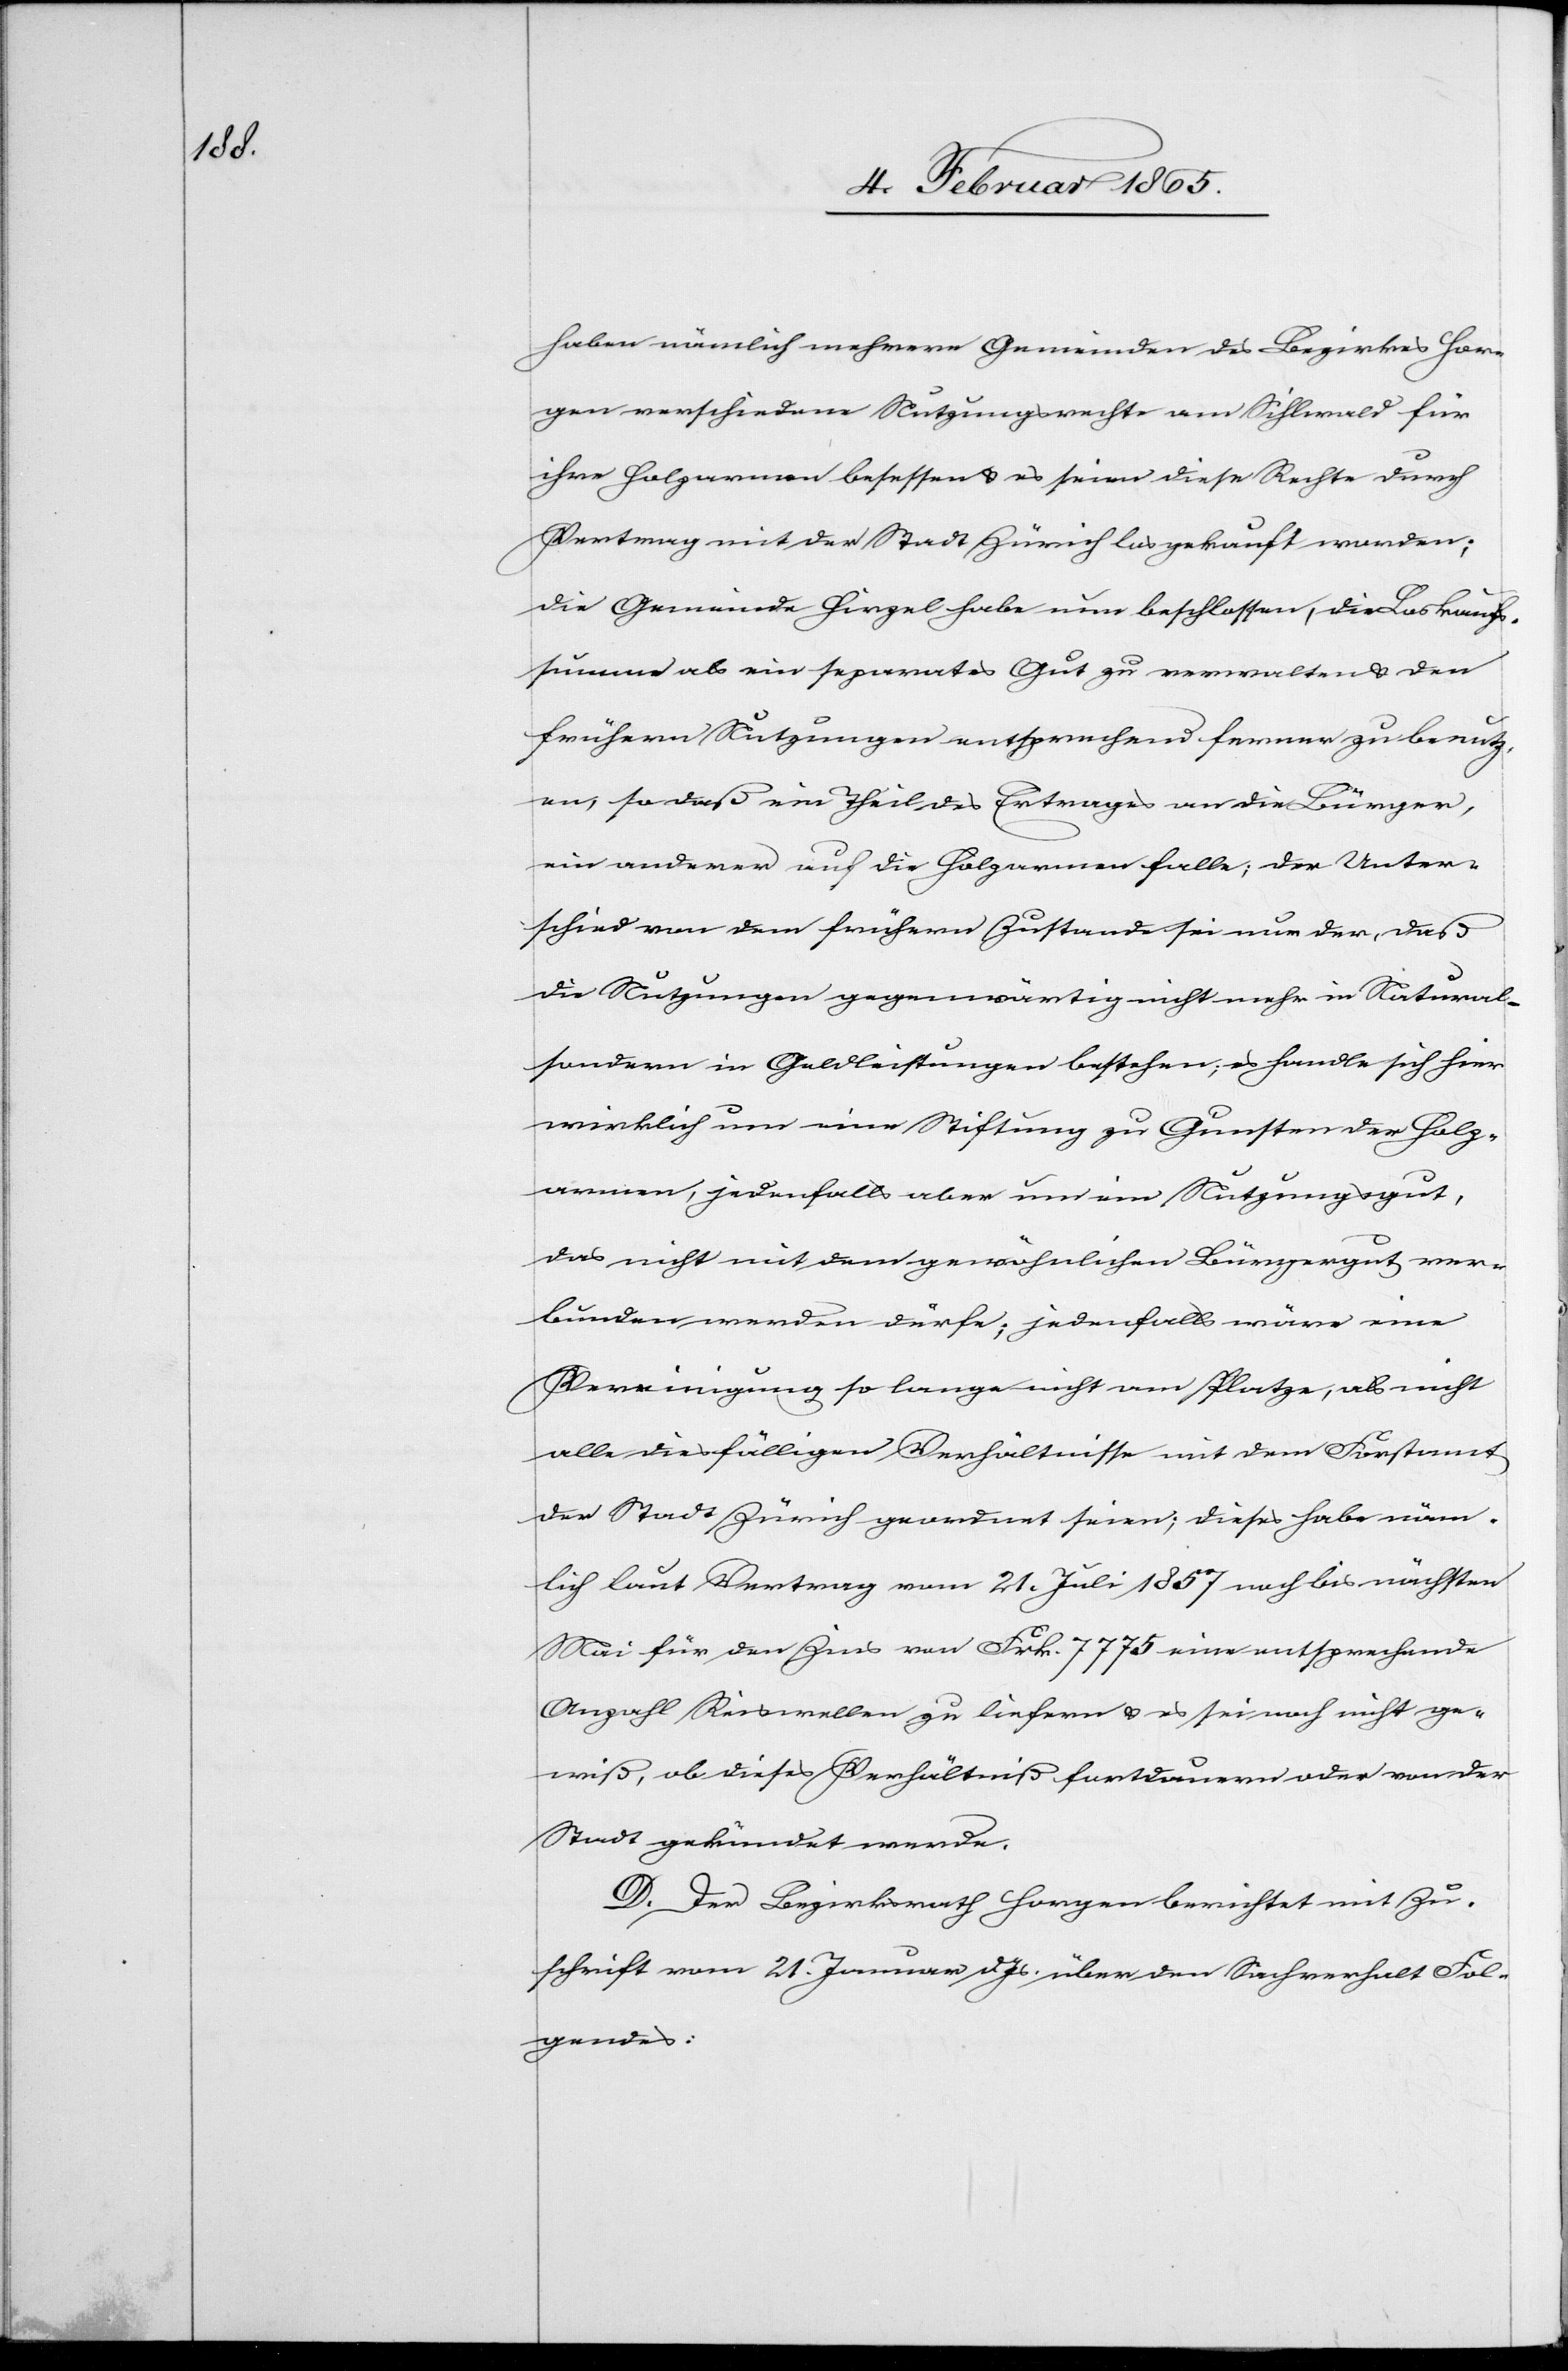
haben nämlich mehrere Gemeinden des Bezirkes Hor¬
gen verschiedene Nutzungsrechte am Sihlwald für
ihre Holzarmen besessen u. es seien diese Rechte durch
Vertrag mit der Stadt Zürich losgekauft worden;
die Gemeinde Hirzel habe nun beschlossen, die Loskaufs¬
summe als ein separates Gut zu verwalten u. den
frühern Nutzungen entsprechend ferner zu benutz¬
en, so daß ein Theil des Ertrages an die Bürger,
ein anderer auf die Holzarmen falle; der Unter¬
schied von dem frühern Zustande sei nur der, daß
die Nutzungen gegenwärtig nicht mehr in Natural-
sondern in Geldleistungen bestehen; es handle sich hier
wirklich um eine Stiftung zu Gunsten der Holz¬
armen, jedenfalls aber um ein Nutzungsgut,
das nicht mit dem gewöhnlichen Bürgergut ver¬
bunden werden dürfe; jedenfalls wäre eine
Vereinigung so lange nicht am Platze, als nicht
alle diesfälligen Verhältnisse mit dem Forstamt
der Stadt Zürich geordnet seien; dieses habe näm¬
lich laut Vertrag vom 21. Juli 1857 noch bis nächsten
Mai für den Zins von Frk. 7 775 eine entsprechende
Anzahl Reiswellen zu liefern u. es sei noch nicht ge¬
wiß, ob dieses Verhältniß fortdauern oder von der
Stadt gekündet werde.
D. Der Bezirksrath Horgen berichtet mit Zu¬
schrift vom 21. Januar d. Js. über den Sachverhalt Fol¬
gendes: